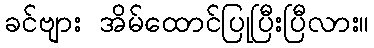
ခင်ဗျား အိမ်ထောင်ပြုပြီးပြီလား။